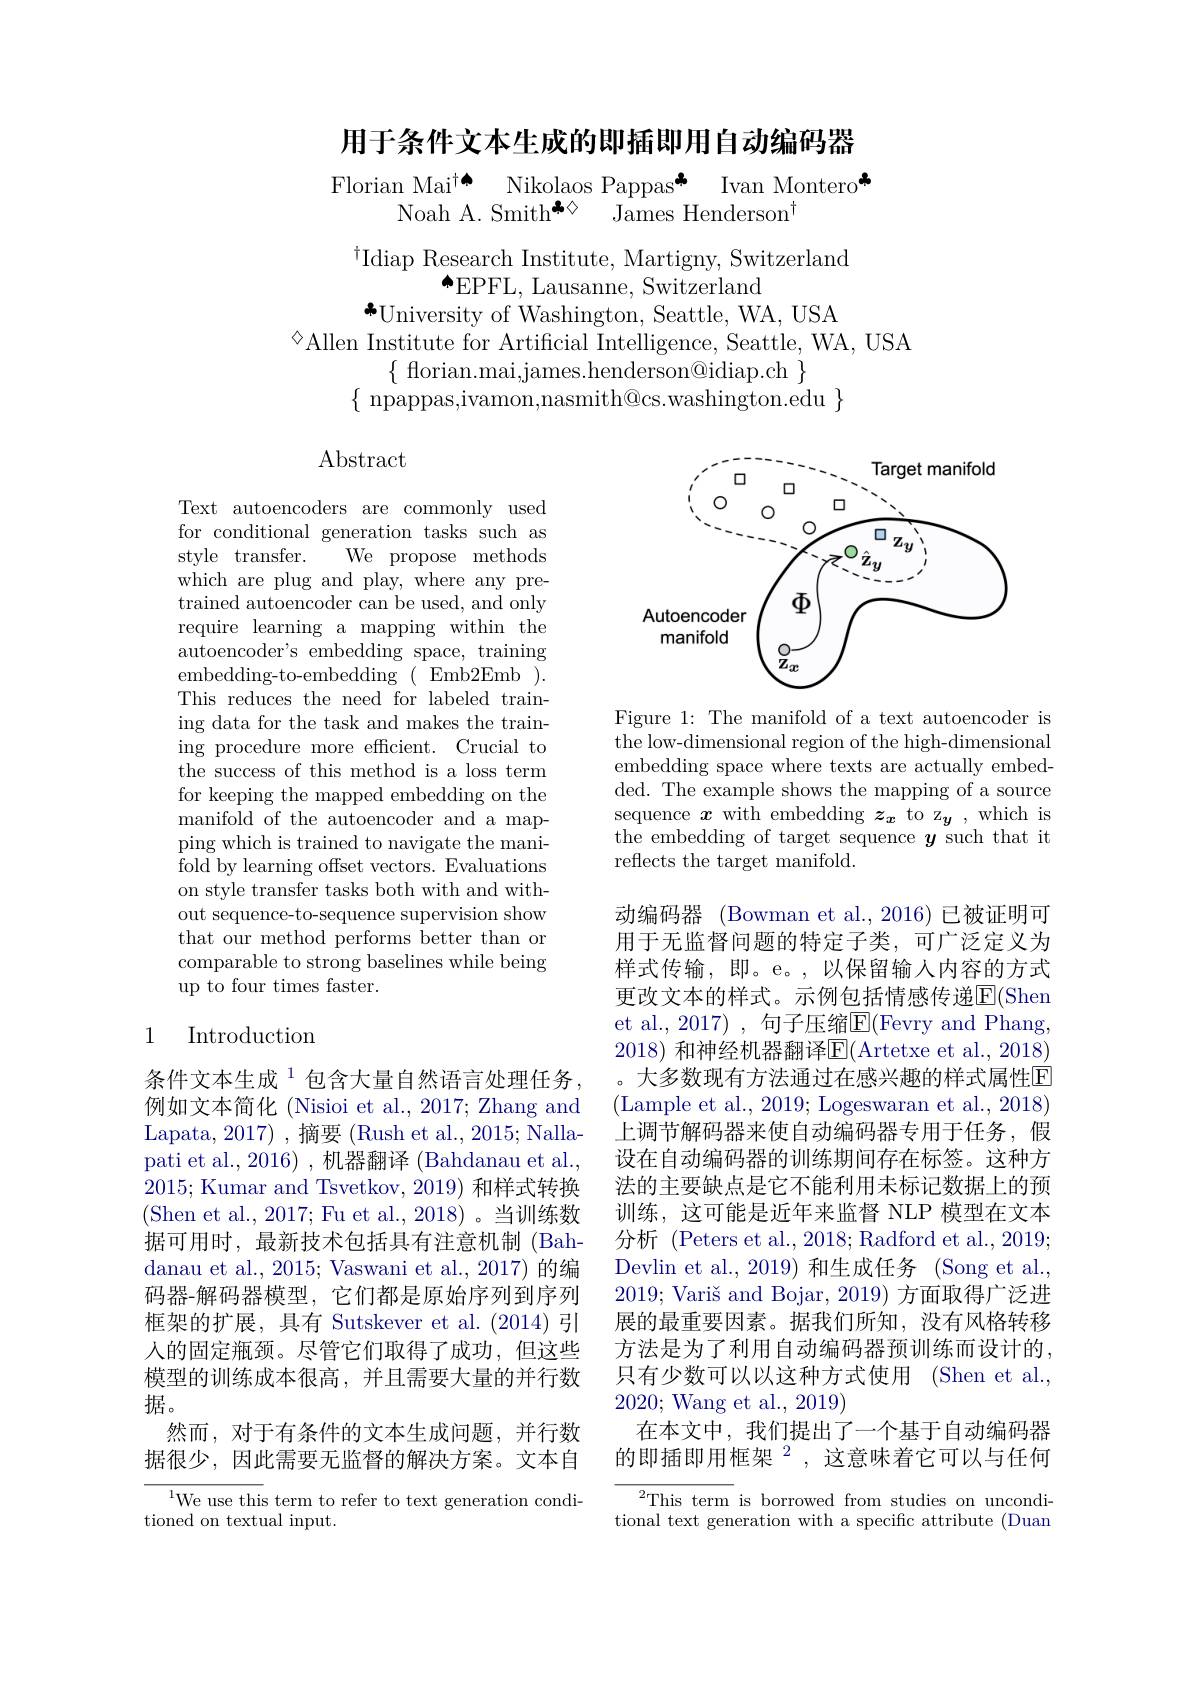
用于条件文本生成的即插即用自动编码器

$\begin{array}{cc}\text{Florian Mai}^{\dagger\spadesuit}&\text{Nikolaos Pappas}^{\clubsuit}&\text{Ivan Montero}\\\text{Noah A. Smith}^{\clubsuit\diamondsuit}&\text{James Henderson}^{\dag}\end{array}$

$^{\dagger}$Idiap Research Institute, Martigny, Switzerland
$^{\spadesuit}$EPFL, Lausanne, Switzerland
${}^{*}$University of Washington, Seattle, WA, USA

$^{\diamond}$Allen Institute for Artificial Intelligence, Seattle, WA, USA
$\{$ florian.mai,james.henderson@idiap.ch $\}$
$\{$npappas,ivamon,nasmith@cs.washington.edu$\}$

$\operatorname{Abstract}$

Text autoencoders are commonly used for conditional generation tasks such as style transfer.
We propose methods
which are plug and play, where any pretrained autoencoder can be used, and only require learning a mapping within the autoencoder's embedding space, training embedding-to-embedding(Emb2Emb). This reduces the need for labeled training data for the task and makes the training procedure more efficient. Crucial to the success of this method is a loss term for keeping the mapped embedding on the manifold of the autoencoder and a mapping which is trained to navigate the manifold by learning offset vectors. Evaluations on style transfer tasks both with and without sequence-to-sequence supervision show that our method performs better than or comparable to strong baselines while being up to four times faster.

## 1 Introduction

条件文本生成$^{1}$包含大量自然语言处理任务例如文本简化 (Nisioi et al., 2017; Zhang and Lapata,2017) ,摘要 (Rush et al., 2015; Nallapati et al., 2016), 机器翻译 (Bahdanau et al., 2015; Kumar and Tsvetkov, 2019) 和样式转换(Shen et al., 2017; Fu et al., 2018)。当训练数据可用时，最新技术包括具有注意机制(Bahdanau et al., 2015; Vaswani et al., 2017) 的编码器-解码器模型，它们都是原始序列到序列框架的扩展，具有 Sutskever et al.(2014)引入的固定瓶颈。尽管它们取得了成功，但这些模型的训练成本很高，并且需要大量的并行数据。
然而，对于有条件的文本生成问题，并行数据很少，因此需要无监督的解决方案。文本自

$^{1}$We use this term to refer to text generation condi-
tioned on textual input.

<FigureHere>

Figure 1: The manifold of a text autoencoder is the low-dimensional region of the high-dimensional embedding space where texts are actually embedded. The example shows the mapping of a source $\begin{array}{l}\mathrm{sequence~}\boldsymbol{x}\mathrm{~with~embedding~}\boldsymbol{z_x}\mathrm{~to~z_y~,~which~is}\\\mathrm{the~embedding~of~target~sequence~}\boldsymbol{y}\mathrm{~such~that~it}\end{array}$ reflects the target manifold.

动编码器 (Bowman et al.,2016)已被证明可用于无监督问题的特定子类，可广泛定义为样式传输，即。e。,以保留输入内容的方式更改文本的样式。示例包括情感传递$\overline{\mathrm{E}}($Shen et al., 2017) , 句子压缩E( Fevry and Phang, 2018) 和神经机器翻译E(Artetxe et al., 2018) 大多数现有方法通过在感兴趣的样式属性$\overline{\mathrm{E}}$
(Lample et al., 2019; Logeswaran et al., 2018) 上调节解码器来使自动编码器专用于任务，假设在自动编码器的训练期间存在标签。这种方法的主要缺点是它不能利用未标记数据上的预训练，这可能是近年来监督 NLP 模型在文本分析 (Peters et al., 2018; Radford et al., 2019; Devlin et al., 2019) 和生成任务 (Song et al., $2019; \text{ Vari\v {s}andBojar, 2019) 方 面 取 得 广 泛 进 }$ 展的最重要因素。据我们所知，没有风格转移方法是为了利用自动编码器预训练而设计的， 只有少数可以以这种方式使用 (Shen et al., 2020; Wang et al., 2019)
在本文中，我们提出了一个基于自动编码器的即插即用框架$^{2}$,这意味着它可以与任何

$^{2}$This term is borrowed from studies on unconditional text generation with a specific attribute (Duan